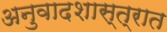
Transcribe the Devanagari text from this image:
अनुवादशास्त्रात